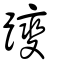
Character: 躞